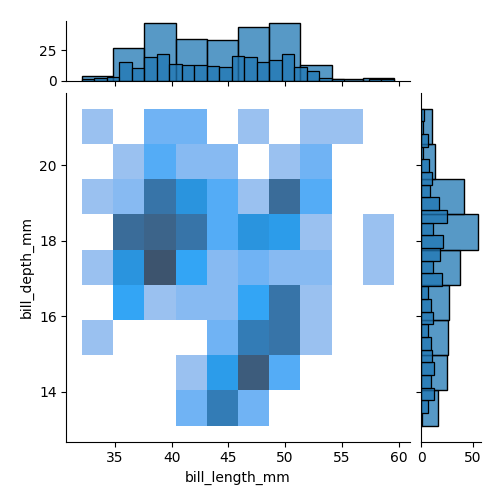
python, seaborn, jointplot, kind='hist', height='5', ratio='5', marginal_ticks='True'